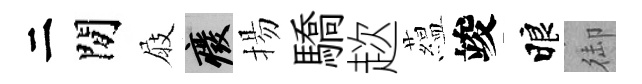
二閒屐廢揚驕趑藴竣睱御